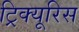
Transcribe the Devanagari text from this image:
ट्रिक्यूरिस